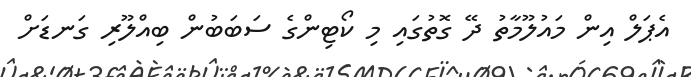
އެޕަލް އިން މައުލޫމާތު ދޭ ގޮތުގައި މި ކޯޓިންގެ ސަބަބުން ބިއްލޫރި ގަނޑަށް